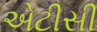
એટીસી